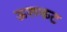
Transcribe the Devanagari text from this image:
ऊरूकट